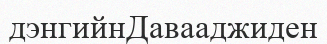
дэнгийнДавааджиден